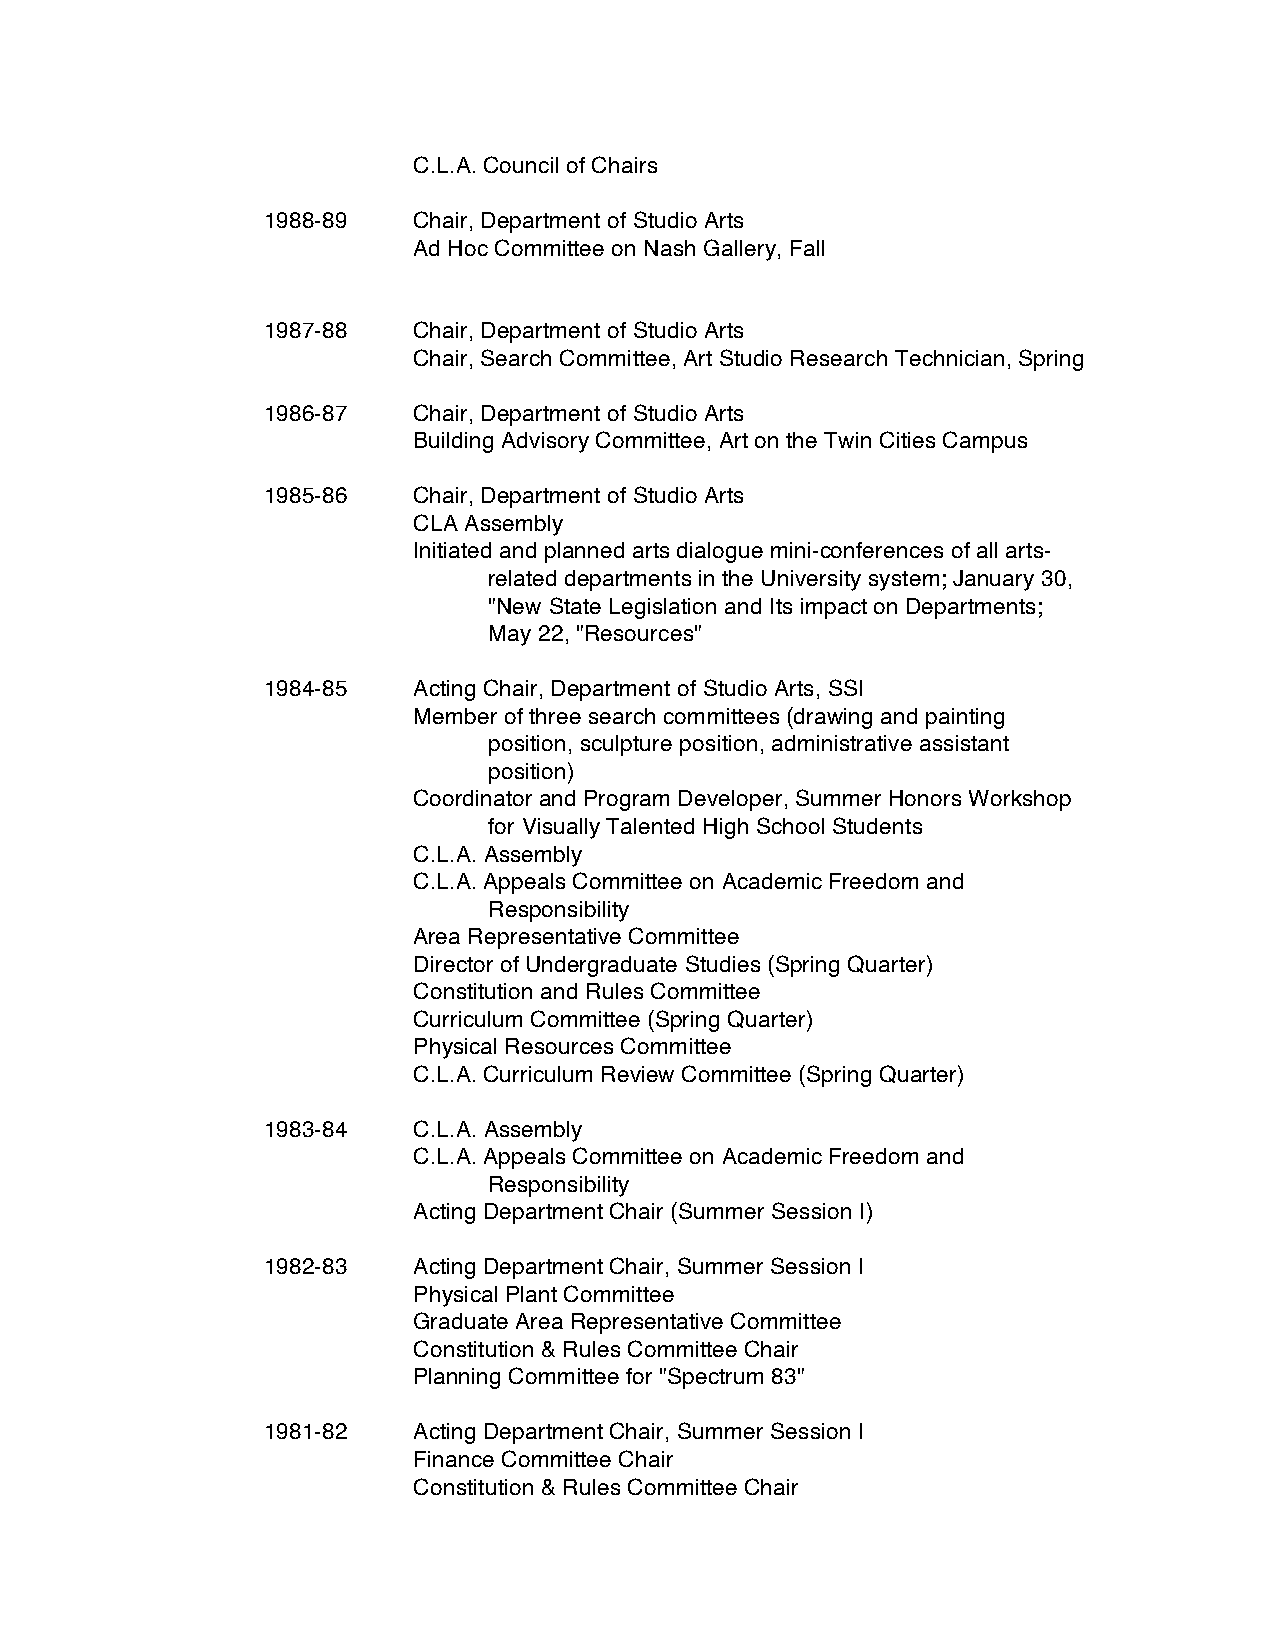
C.L.A. Council of Chairs
 1988-89   Chair, Department of Studio Arts
 Ad Hoc Committee on Nash Gallery, Fall
 1987-88   Chair, Department of Studio Arts
 Chair, Search Committee, Art Studio Research Technician, Spring
 1986-87   Chair, Department of Studio Arts
 Building Advisory Committee, Art on the Twin Cities Campus
 1985-86   Chair, Department of Studio Arts
 CLA Assembly
 Initiated and planned arts dialogue mini-conferences of all arts-
 related departments in the University system; January 30,
 "New State Legislation and Its impact on Departments;
 May 22, "Resources"
 1984-85   Acting Chair, Department of Studio Arts, SSI
 Member of three search committees (drawing and painting
 position, sculpture position, administrative assistant
 position)
 Coordinator and Program Developer, Summer Honors Workshop
 for Visually Talented High School Students
 C.L.A. Assembly
 C.L.A. Appeals Committee on Academic Freedom and
 Responsibility
 Area Representative Committee
 Director of Undergraduate Studies (Spring Quarter)
 Constitution and Rules Committee
 Curriculum Committee (Spring Quarter)
 Physical Resources Committee
 C.L.A. Curriculum Review Committee (Spring Quarter)
 1983-84   C.L.A. Assembly
 C.L.A. Appeals Committee on Academic Freedom and
 Responsibility
 Acting Department Chair (Summer Session I)
 1982-83   Acting Department Chair, Summer Session I
 Physical Plant Committee
 Graduate Area Representative Committee
 Constitution & Rules Committee Chair
 Planning Committee for "Spectrum 83"
 1981-82   Acting Department Chair, Summer Session I
 Finance Committee Chair
 Constitution & Rules Committee Chair